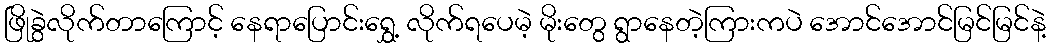
ဖြိုခွဲလိုက်တာကြောင့် နေရာပြောင်းရွှေ့ လိုက်ရပေမဲ့ မိုးတွေ ရွာနေတဲ့ကြားကပဲ အောင်အောင်မြင်မြင်နဲ့